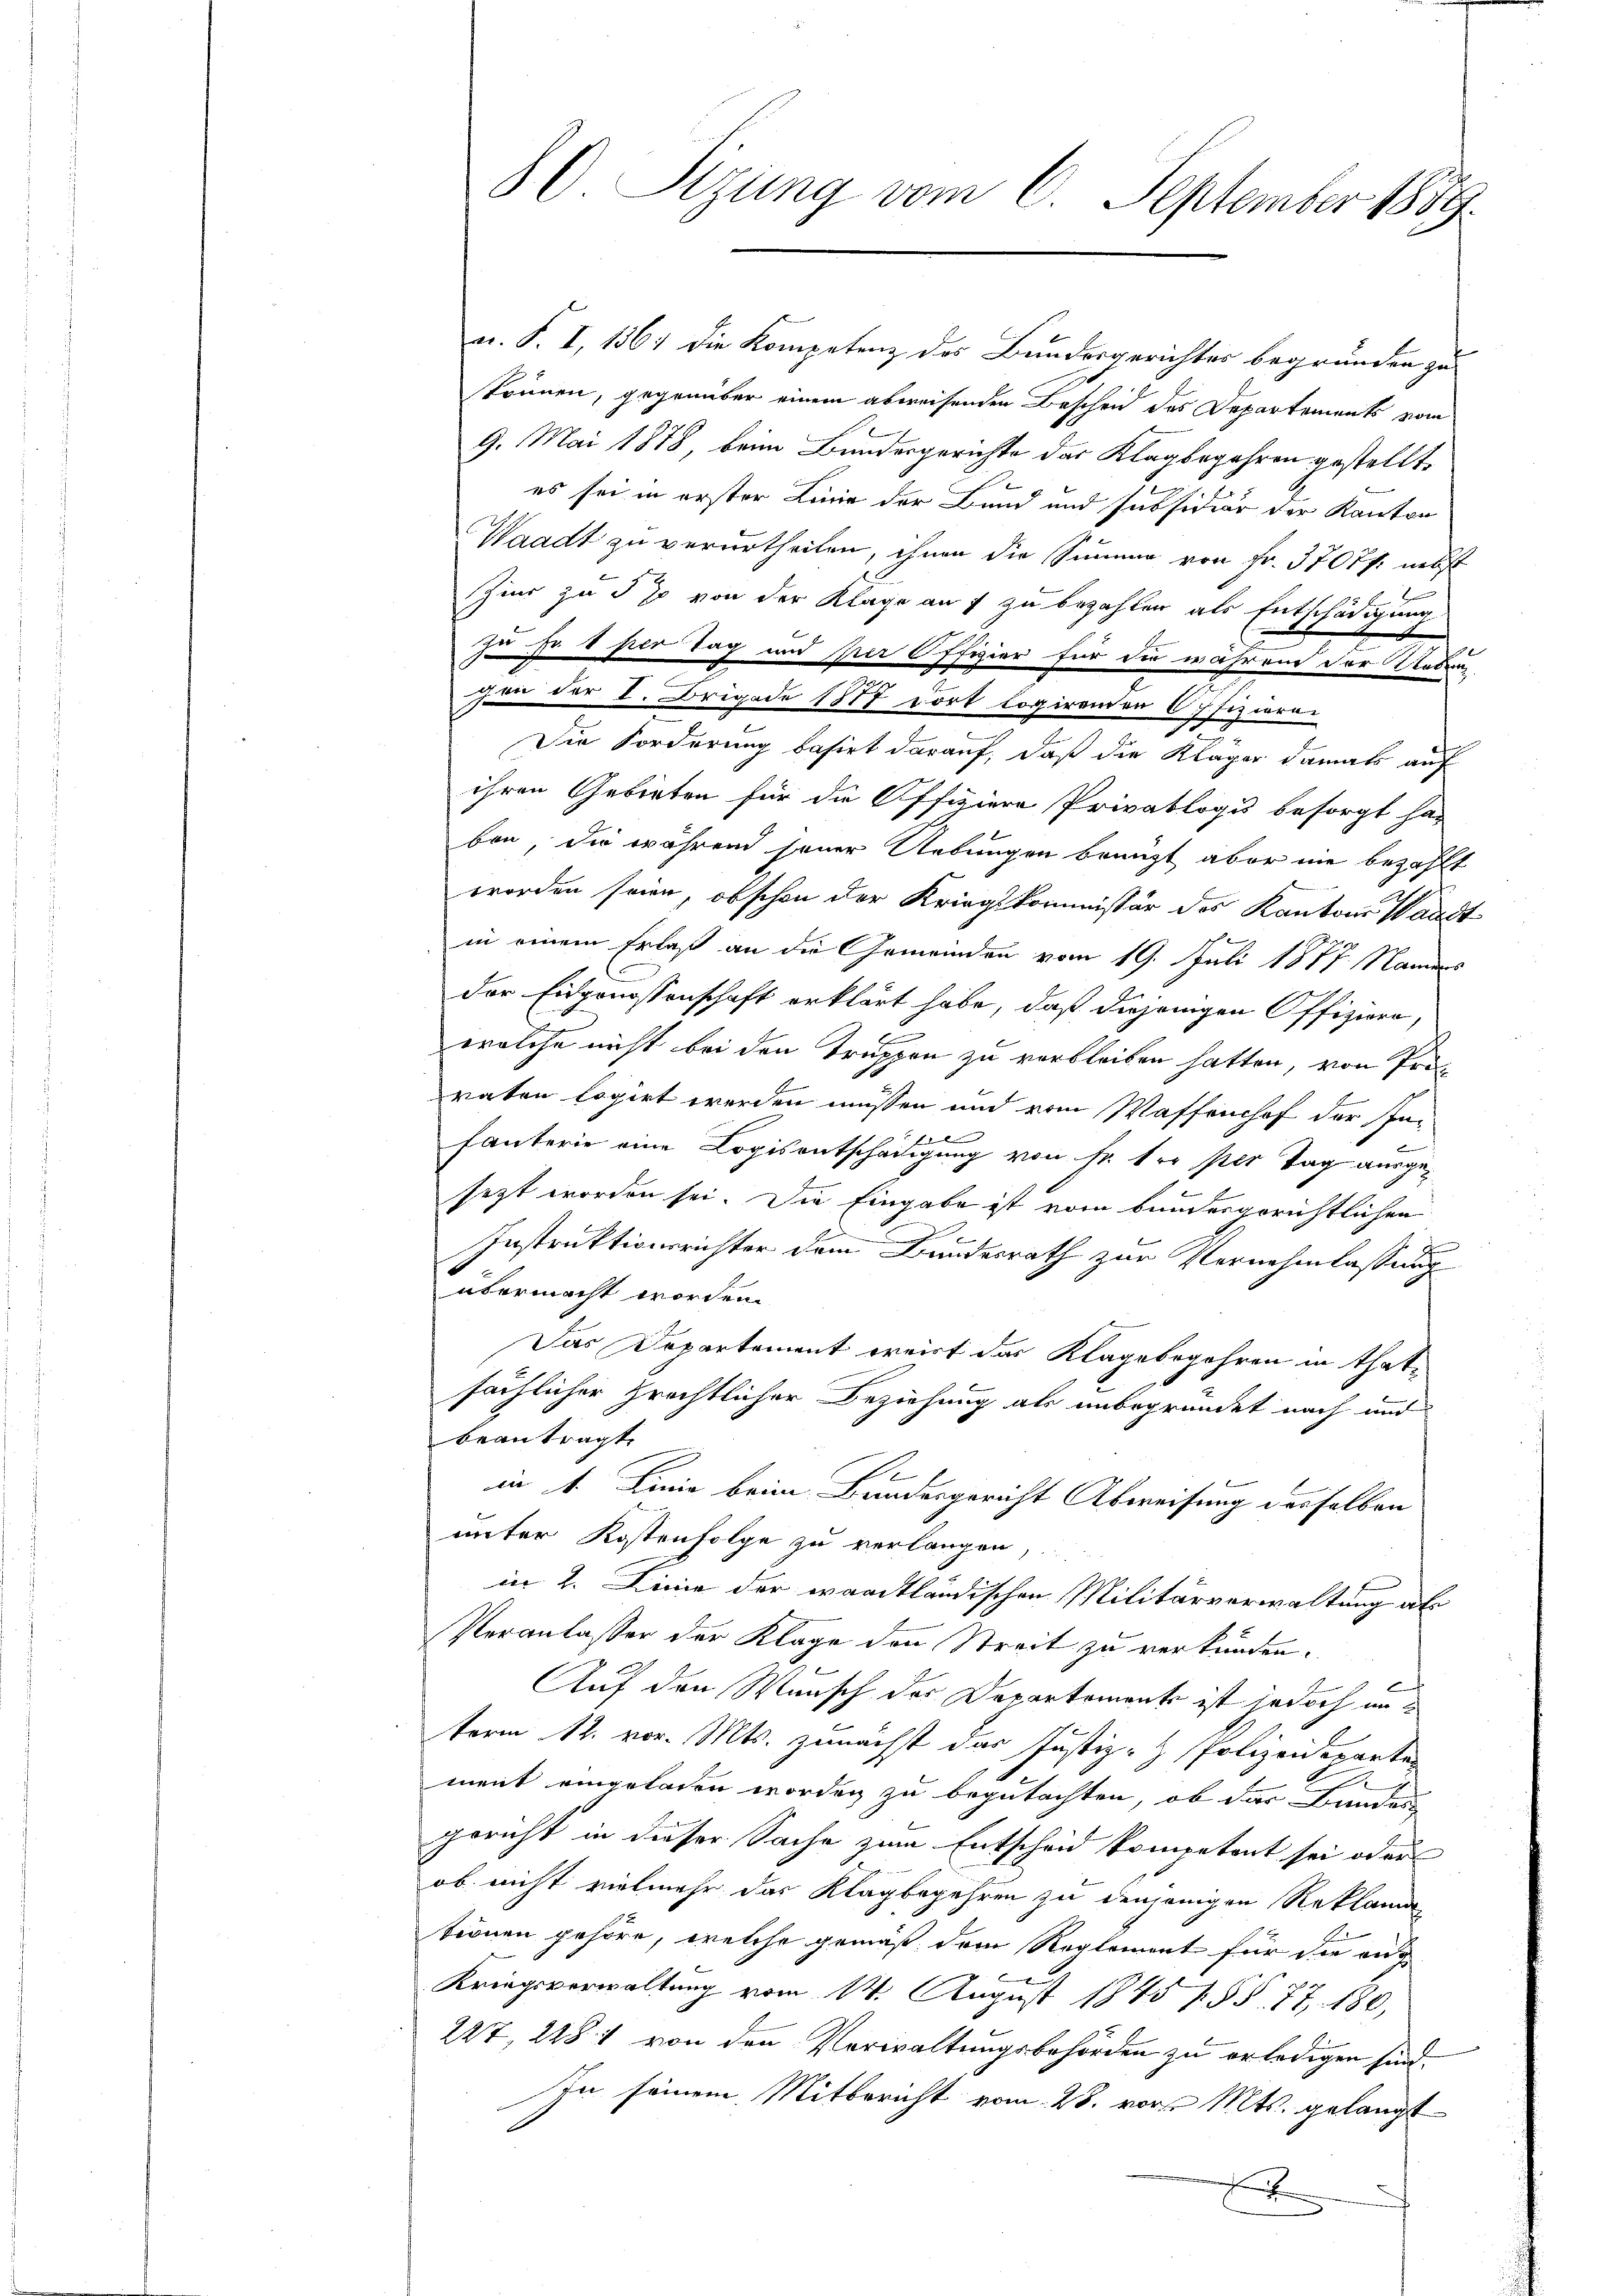
80 Sizung vom 6. September 1889.

n. F. I, 136) die Kompetenz des Bundesgerichter begründen zu
skönnen, gegenüber einem abweisenden Bescheid des Departements vom
9. Mai 1878, beim Bundesgerichte das Klagbegehren gestellt,
es sei in erster Linie der Bund und subsidiär der Kanton
Waadt zu verurtheilen, ihnen die Summe von Fr. 3707 f. nebst
Zins zu so von der Klage an f zu bezahlen als Entschädigung
zu so per Tag und per Offizier für die während der Uebung
gen der I. Brigade 1887 dort logirenden 67 fizieren
Die Forderung basirt darauf, daß die Kläger damals auf
ihren Gebieten für die Offiziere Privatlogus besorgt hat
bon, die während jener Uebungen bringt aber nie bezahlt
worden seien, obschon der Kriegskommissär des Kantons Waadt
e
in einem Erlaß an die Gemeinden vom 19. Juli 1877 Namens
der Eidgenossenschaft erklärt habe, daß diejenigen Offiziere,
u
wolche nicht bei den Truppen zu verbleiben hatten, von Pro
vaten logirt werden müssen und vom Waffenshof der Inn
d
fanterie eine Copisentschädigung von Fr. per per Tag ausgesezt worden sei. Die Eingabe ist vom bundesgerichtlichen
d
J
Instruktionsrichter dem Bundesrath zur Vernehmlassung
übermacht worden.
Das Departement weist das Klagebegehren in Thatsächlicher prechtlicher Beziehung als unbegründet nach und
beantragt.
Be
in 1. Linie beim Bundesgericht Abweisung desselben
unter Kostenfolge zu verlangen
in 2. Linie der waadtländischen Militärverwaltung als
Veranlasser der Klage den Streit zu verkünden.
E
Auf den Wunsch der Departemente ist jedoch unterm 12. vor. Mts. zunächst das Justiz- & Polizeideparte
ment eingeladen worden zu begutachten, ob das Bundes
gericht in dieser Sache zum Entscheid kompetent sei oder
ob nicht vielmehr das Klagbegehren zu denjenigen Reklama
tionen gehöre, welche gemäß dem Reglement für die auf
e
Kriegsverwaltung vom 14. August 1845 (§§ 77, 180,
227, 2481 von den Verwaltungsbehörden zu erledigen sind.
In seinem Mitbericht vom 25. vor. Mts. gelangt
F